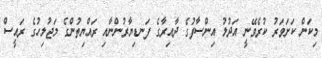
މިކަން ކަށަވަރު ކުރެވޭނީ އަދުލު އިންސާފުގެ ދާއިރާގެ ފަނޑިޔާރުންނާއި ރައްޔިތުންގެ މަޖުލިހުގެ ރައީސް